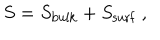
S = S _ { \mathrm { b u l k } } + S _ { \mathrm { s u r f } } ~ ,